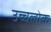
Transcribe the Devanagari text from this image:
उच्चलोक